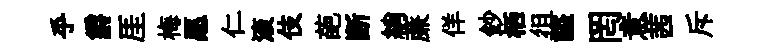
乎爵厓梅愿仁滚伎葩断綃亷佯鈔栖徂謚罔意茜斥